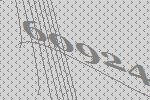
60924